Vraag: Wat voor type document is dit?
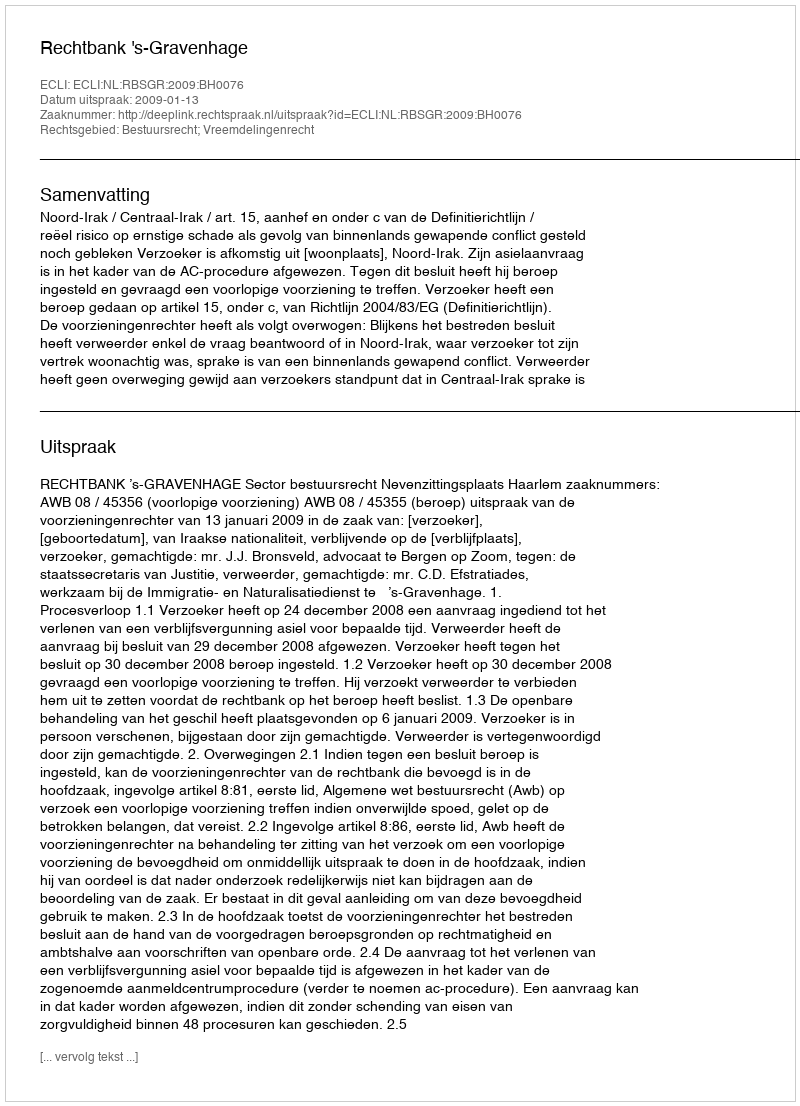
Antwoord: Uitspraak